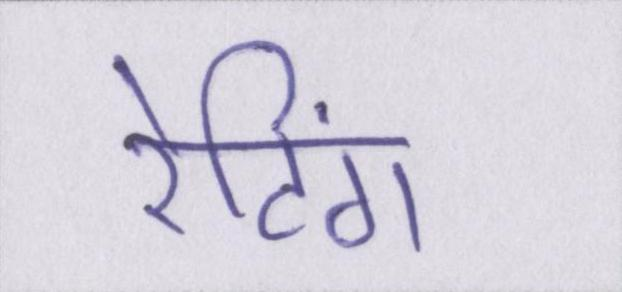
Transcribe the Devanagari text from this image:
रेटिंग